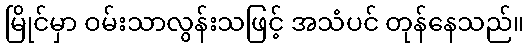
မြိုင်မှာ ဝမ်းသာလွန်းသဖြင့် အသံပင် တုန်နေသည်။